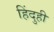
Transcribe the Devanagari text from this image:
हिंदुही